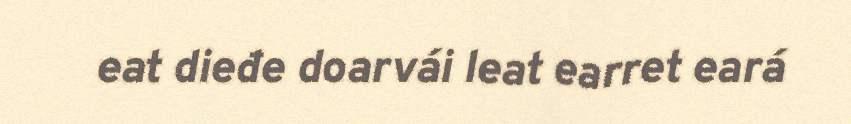
eat dieđe doarvái leat earret eará